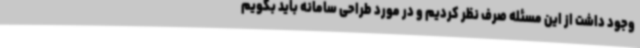
وجود داشت از این مسئله صرف نظر کردیم و در مورد طراحی سامانه باید بگویم